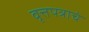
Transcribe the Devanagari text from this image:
वृत्तपत्राचं